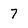
Character: 7